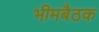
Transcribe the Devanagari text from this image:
भीमबैठक